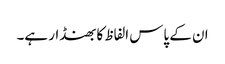
ان کے پاس الفاظ کا بھنڈار ہے۔